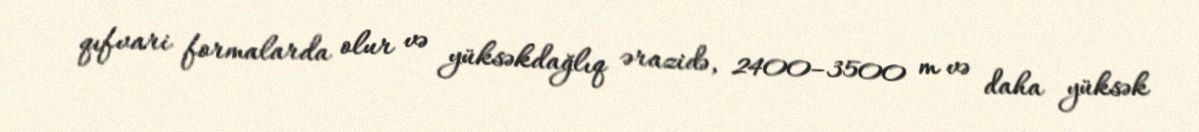
qıfvari formalarda olur və yüksəkdağlıq ərazidə, 2400–3500 m və daha yüksək